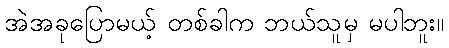
အဲအခုပြောမယ့် တစ်ခါက ဘယ်သူမှ မပါဘူး။